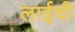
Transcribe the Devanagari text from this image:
लाईची